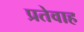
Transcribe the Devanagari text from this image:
प्रतेवाह